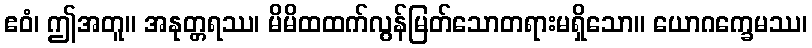
ဧဝံ၊ ဤအတူ။ အနုတ္တရဿ၊ မိမိထထက်လွန်မြတ်သောတရားမရှိသော။ ယောဂက္ခေမဿ၊